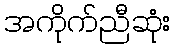
အကိုက်ညီဆုံး